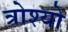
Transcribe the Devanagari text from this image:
त्रोश्यो